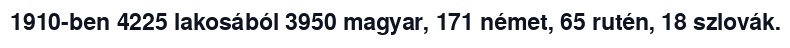
1910-ben 4225 lakosából 3950 magyar, 171 német, 65 rutén, 18 szlovák.